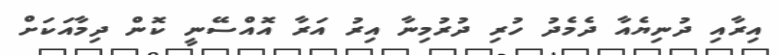
އިރާއި ދުނިޔެއާ ދެމެދު ހުރި ދުރުމިނާ އިރު އަރާ އޮއްސޭނީ ކޮން ދިމާއަކަށް